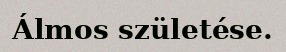
Álmos születése.